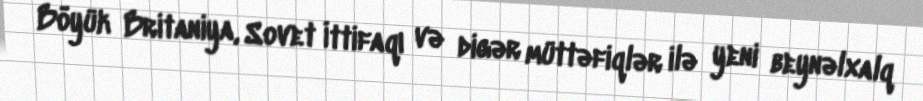
Böyük Britaniya, Sovet İttifaqı və digər müttəfiqlər ilə yeni beynəlxalq